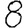
Digit: 8